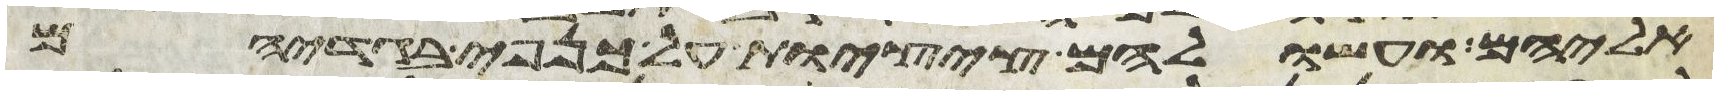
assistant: אליהם ועשו להם ציצות על כנפי בגדיהם